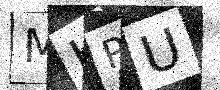
Text: MKPU